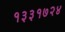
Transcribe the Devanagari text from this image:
१३३१७२४